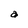
Character: a